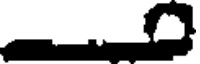
త